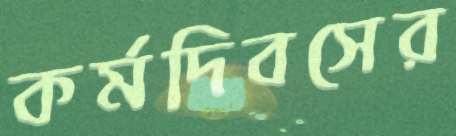
কর্মদিবসের